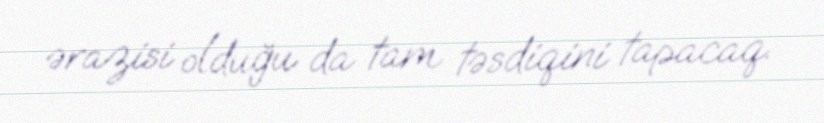
ərazisi olduğu da tam təsdiqini tapacaq.